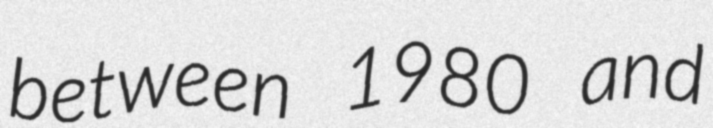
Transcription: between 1980 and